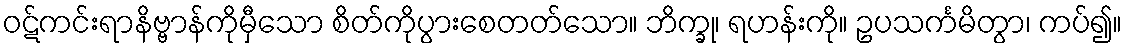
ဝဋ်ကင်းရာနိဗ္ဗာန်ကိုမှီသော စိတ်ကိုပွားစေတတ်သော။ ဘိက္ခု၊ ရဟန်းကို။ ဥပသင်္ကမိတွာ၊ ကပ်၍။